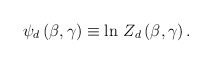
\begin{align*}\psi_d \, (\beta , \gamma) \equiv \ln \, Z_d \, (\beta , \gamma) \, .\end{align*}